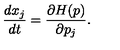
\frac { d x _ { j } } { d t } = \frac { \partial H ( p ) } { \partial p _ { j } } .